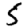
Digit: 5